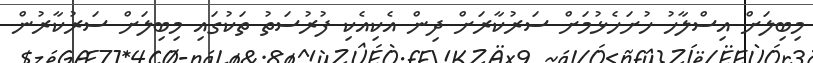
މިބިލަށް އިސްލާހު ހުށަހެޅުމަށް ސަރުކާރަށް ދިން އެކިއެކި ފުރުސަތު ތަކުގައި މިބިލަށް ސަރުކާރުން